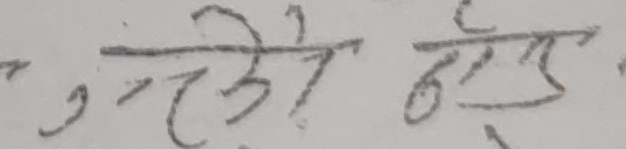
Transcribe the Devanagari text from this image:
, न्तोही होडेछ